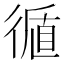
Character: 𢕀